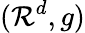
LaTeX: (\mathcal{R}^{d},g)